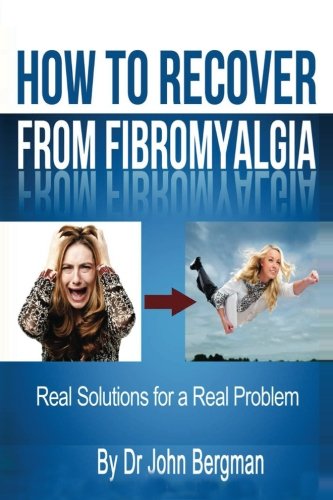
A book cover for How to Recover From Fibromyalgia: Real Solutions for a Real Problem; Dr John Bergman; Health, Fitness & Dieting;